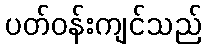
ပတ်ဝန်းကျင်သည်